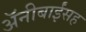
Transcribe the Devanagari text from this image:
अॅनीबाईंसह